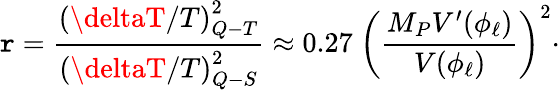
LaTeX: \mathtt{r}=\frac{{\left(\deltaT/T\right)_{Q-T}^{2}}}{{\left(\deltaT/T\right)_{Q-S}^{2}}}\approx0.27~\left(\frac{{M_{P}V^{\prime}(\phi_{\ell})}}{{V(\phi_{\ell})}}\right)^{2}\cdot